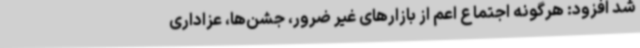
شد افزود: هرگونه اجتماع اعم از بازارهای غیر ضرور، جشن‌ها، عزاداری